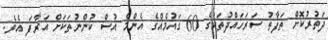
ދަތުރުކޮށް ތަފާތު ސަރަހައްދުތަކުގެ 60 ގައުމެއްގެ އެންމެ އުސް ކުންނުތަކަށް އަރާފަ އެވެ.